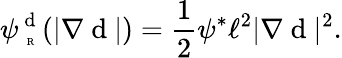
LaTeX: \psi_{\mathrm{~\tiny~R~}}^{\mathrm{~d~}}(|\nabla\mathrm{~d~}|)=\frac{1}{2}\psi^{*}\ell^{2}|\nabla\mathrm{~d~}|^{2}.